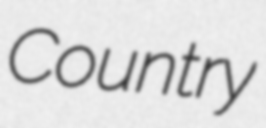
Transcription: Country